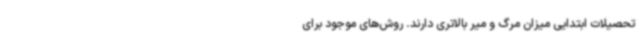
تحصیلات ابتدایی میزان مرگ و میر بالاتری دارند. روش‌های موجود برای